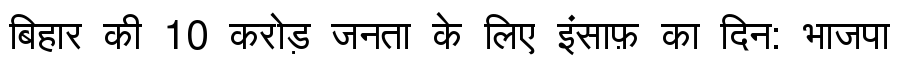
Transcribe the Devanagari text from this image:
बिहार की 10 करोड़ जनता के लिए इंसाफ़ का दिन: भाजपा